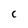
Character: C